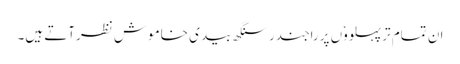
ان تمام ترپہلووٗں پرراجندر سنگھ بیدی خاموش نظرآتے ہیں۔